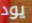
يود